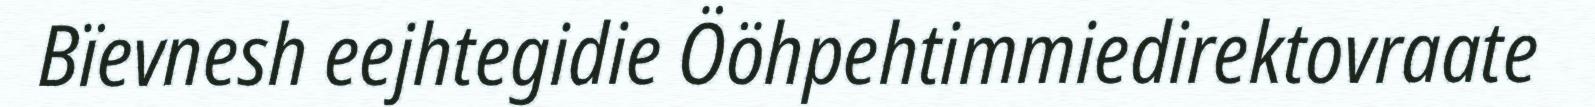
Bïevnesh eejhtegidie Ööhpehtimmiedirektovraate